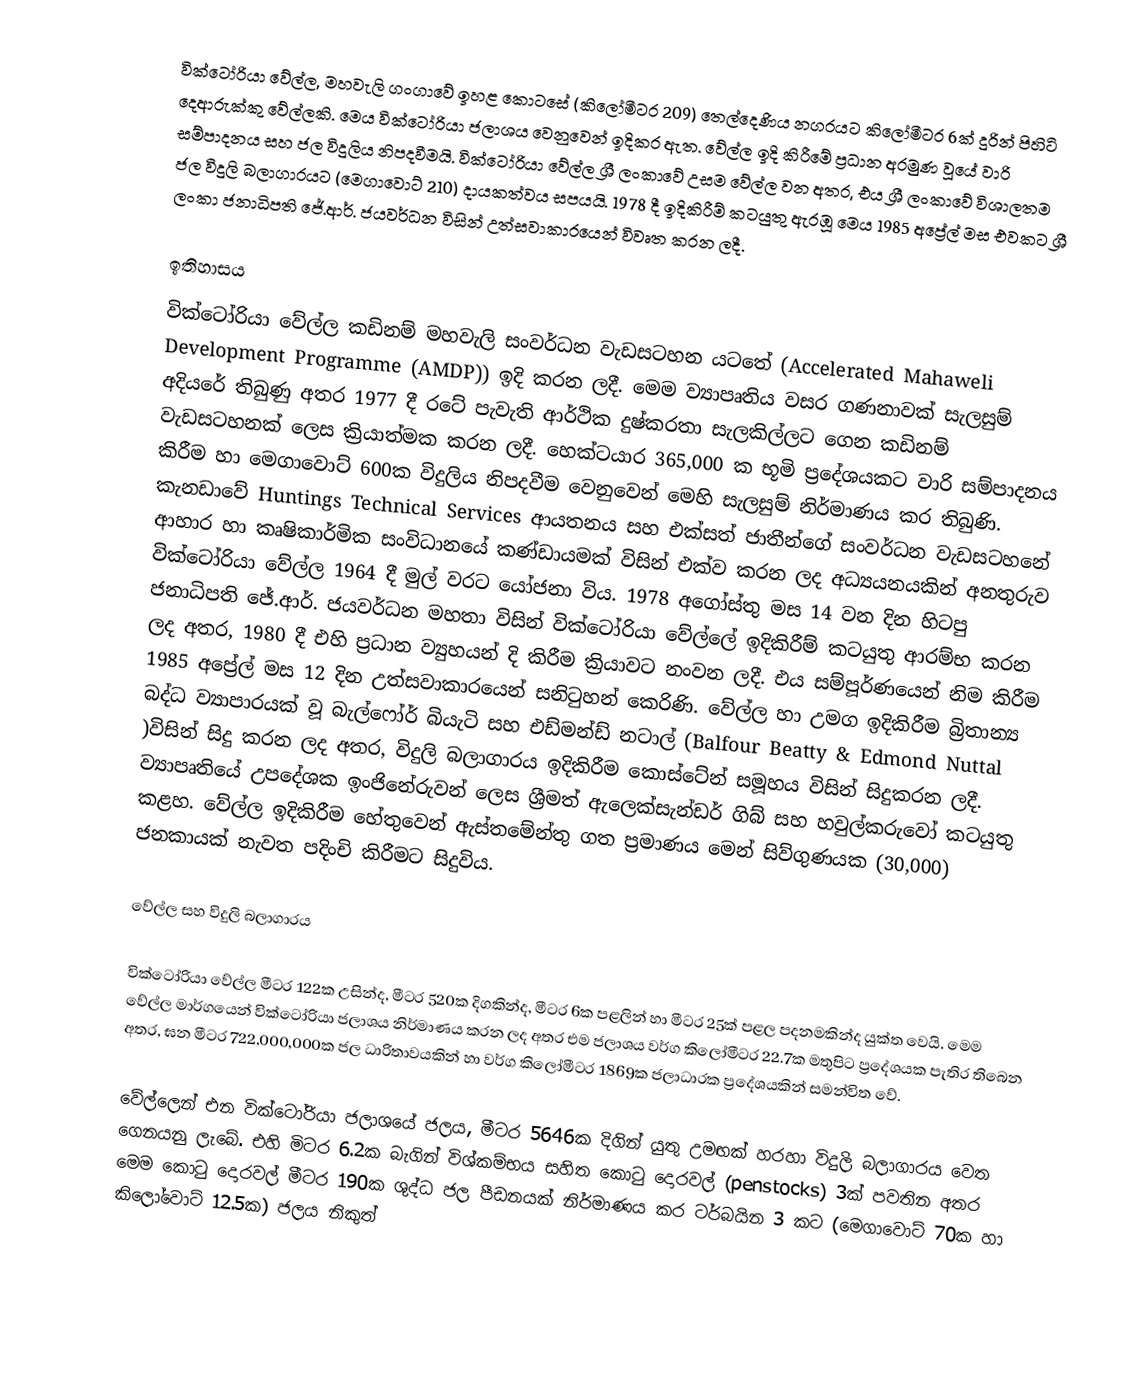
වික්ටෝරියා වේල්ල, මහවැලි ගංගාවේ ඉහළ කොටසේ (කිලෝමීටර 209)  තෙල්දෙණිය නගරයට කිලෝමීටර 6ක් දුරින් පිහිටි දෙආරුක්කු වේල්ලකි. මෙය වික්ටෝරියා ජලාශය වෙනුවෙන් ඉදිකර ඇත. වේල්ල ඉදි කිරීමේ ප්‍රධාන අරමුණ වූයේ වාරි සම්පාදනය සහ ජල විදුලිය නිපදවීමයි. වික්ටෝරියා වේල්ල ශ්‍රී ලංකාවේ උසම වේල්ල  වන අතර, එය ශ්‍රී ලංකාවේ විශාලතම ජල විදුලි බලාගාරයට (මෙගාවොට් 210) දායකත්වය සපයයි. 1978 දී ඉදිකිරීම් කටයුතු ඇරඹූ මෙය 1985 අප්‍රේල් මස එවකට ශ්‍රී ලංකා ජනාධිපති ජේ.ආර්. ජයවර්ධන විසින් උත්සවාකාරයෙන් විවෘත කරන ලදී.

ඉතිහාසය
වික්ටෝරියා වේල්ල කඩිනම් මහවැලි සංවර්ධන වැඩසටහන යටතේ (Accelerated Mahaweli Development Programme (AMDP)) ඉදි කරන ලදී. මෙම ව්‍යාපෘතිය වසර ගණනාවක් සැලසුම් අදියරේ තිබුණු අතර 1977 දී රටේ පැවැති ආර්ථික දුෂ්කරතා සැලකිල්ලට ගෙන කඩිනම් වැඩසටහනක් ලෙස ක්‍රියාත්මක කරන ලදී. හෙක්ටයාර 365,000 ක භූමි ප්‍රදේශයකට වාරි සම්පාදනය කිරීම හා මෙගාවොට් 600ක විදුලිය නිපදවීම වෙනුවෙන් මෙහි සැලසුම් නිර්මාණය කර තිබුණි. කැනඩාවේ Huntings Technical Services ආයතනය සහ එක්සත් ජාතීන්ගේ සංවර්ධන වැඩසටහනේ ආහාර හා කෘෂිකාර්මික සංවිධානයේ කණ්ඩායමක් විසින් එක්ව කරන ලද අධ්‍යයනයකින් අනතුරුව වික්ටෝරියා වේල්ල 1964 දී මුල් වරට යෝජනා විය.    1978 අගෝස්තු මස 14 වන දින හිටපු ජනාධිපති ජේ.ආර්. ජයවර්ධන මහතා විසින් වික්ටෝරියා වේල්ලේ ඉදිකිරීම් කටයුතු ආරම්භ කරන ලද අතර, 1980 දී එහි ප්‍රධාන ව්‍යුහයන් දි කිරීම ක්‍රියාවට නංවන ලදී. එය සම්පූර්ණයෙන් නිම කිරීම 1985 අප්‍රේල් මස 12 දින උත්සවාකාරයෙන් සනි‍ටුහන් කෙරිණි. වේල්ල හා උමග ඉදිකිරීම බ්‍රිතාන්‍ය බද්ධ ව්‍යාපාරයක් වූ බැල්ෆෝර් බියැටි සහ එඩ්මන්ඩ් නටාල් (Balfour Beatty & Edmond Nuttal )විසින් සිදු කරන ලද අතර, විදුලි බලාගාරය ඉදිකිරීම කොස්ටේන් සමූහය විසින් සිදුකරන ලදී.  ව්‍යාපෘතියේ උපදේශක ඉංජිනේරුවන් ලෙස  ශ්‍රීමත් ඇලෙක්සැන්ඩර් ගිබ් සහ හවුල්කරුවෝ කටයුතු කළහ.   වේල්ල ඉදිකිරීම හේතුවෙන් ඇස්තමේන්තු ගත ප්‍රමාණය මෙන් සිව්ගුණයක (30,000) ජනකායක් නැවත පදිංචි කිරීමට සිදුවිය.

වේල්ල සහ විදුලි බලාගාරය

වික්ටෝරියා වේල්ල මීටර 122ක උසින්ද, මීටර 520ක දිගකින්ද, මීටර 6ක පළලින් හා මීටර 25ක් පළල පදනමකින්ද යුක්ත වෙයි. මෙම වේල්ල මාර්ගයෙන් වික්ටෝරියා ජලාශය නිර්මාණය කරන ලද අතර එම ජලාශය වර්ග කිලෝමීටර 22.7ක මතුපිට ප්‍රදේශයක පැතිර තිබෙන අතර, ඝන මීටර 722,000,000ක ජල ධාරිතාවයකින් හා වර්ග කිලෝමීටර 1869ක ජලාධාරක ප්‍රදේශයකින් සමන්විත වේ.

වේල්ලෙන් එන වික්ටෝරියා ජලාශයේ ජලය, මීටර 5646ක දිගින් යුතු උමඟක් හරහා විදුලි බලාගාරය වෙත ගෙනයනු ලැබේ. එහි මිටර 6.2ක බැගින් විශ්කම්භය සහිත කො‍ටු දොරවල් (penstocks) 3ක් පවතින අතර මෙම කො‍ටු දොරවල් මීටර 190ක ශුද්ධ ජල පීඩනයක් නිර්මාණය කර ටර්බයින 3 කට (මෙගාවොට් 70ක හා කිලෝවොට් 12.5ක) ජලය නිකුත්